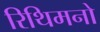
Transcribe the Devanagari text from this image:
रिथिमनो